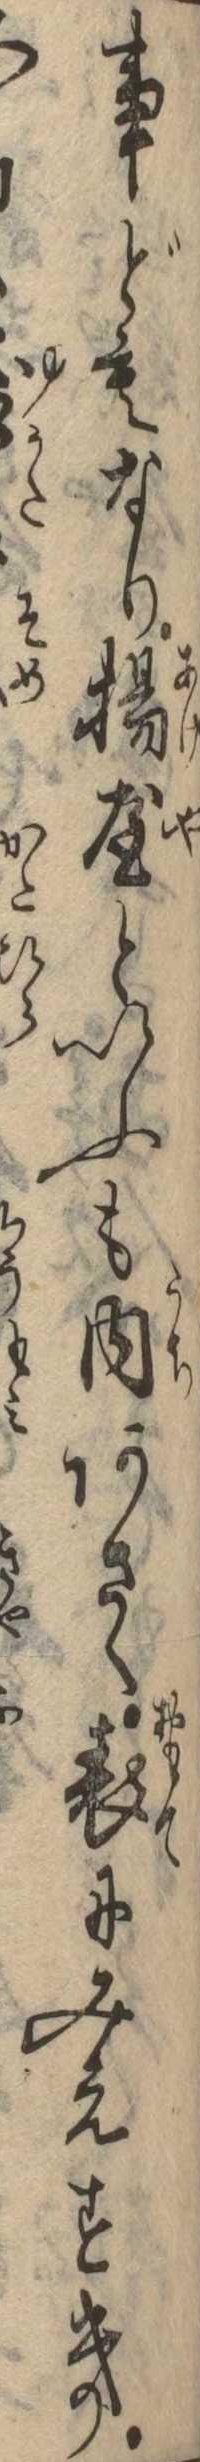
事どもなり揚屋といふも内あさく表にみえすき